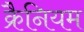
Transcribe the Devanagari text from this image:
क्रैनियम